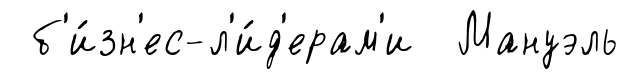
б'и́зн'ес-л'и́д'ерам'и Мануэль